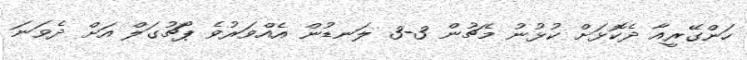
ހަންގޭރީއާ ދެކޮޅަށް ކުޅުނު މެޗުން 3-3 ލަނޑުން އެއްވަރުވެ ޕޯޗުގަލް އަށް ދެވަނަ